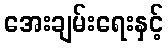
အေးချမ်းရေးနှင့်